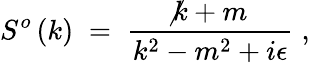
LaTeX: S^{o}\left(k\right)\; =\; {\frac{\not k+m}{k^{2}-m^{2}+i\epsilon}}\; ,